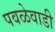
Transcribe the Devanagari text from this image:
पवळेवाडी